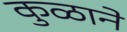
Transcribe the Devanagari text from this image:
कुळाने